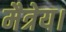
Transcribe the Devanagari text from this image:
मैत्रेय।